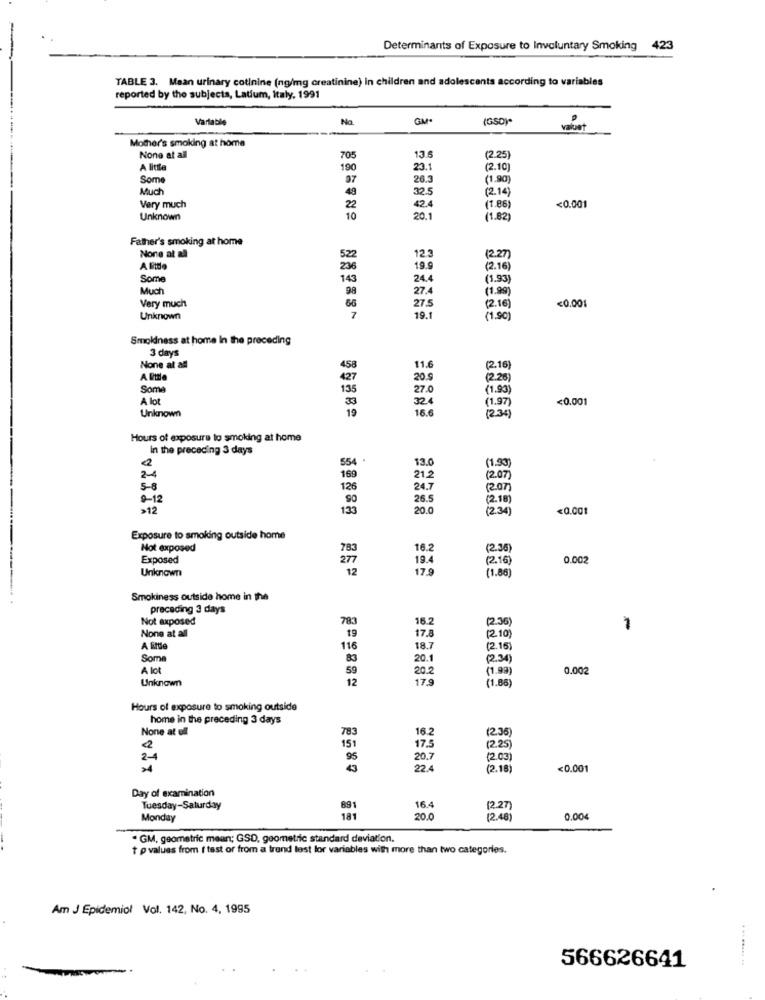
Determinants of Exposure to Involuntary Smoking 423
TABLE 3. Maan urinary cotinine (ng/mg creatinine) in children and adolescents according to variables
reported by the subjects, Latium, Italy, 1991
Variable
Na.
GM-
(GSD)*
value
Mother's smoking at home
None at all
705
13.5
(2.25)
A little
190
23.1
(2.10)
Some
97
26.3
(1.90)
Much
49
32.5
(2.14)
Very much
22
42.4
(1.86)
<0.001
Unknown
10
20.1
(1.82)
Father's smoking at home
None at all
12.3
(2.27)
19.9
(2.16)
Some
143
24.4
(1.93)
Much
98
27.4
(1.99)
27.5
<0.001
Very much
66
(2.16)
Unknown
7
19.1
(1.90)
Smokiness at home In the preceding
3 days
None at all
458
11.6
(216)
427
20.9
(2.26)
Some
135
27.0
(1.93)
A lot
33
324
(1.97)
<0.001
19
16.6
(2:34)
Unknown
Hours of exposure to smoking at home
in the preceding 3 days
554 .
13.0
(1.93)
169
21.
(2.07)
5-8
126
24.7
(207)
9-12
90
26.5
(2.18)
>12
133
20.0
(2.34)
<0.001
Exposure to smoking outside home
Not exposed
783
16.2
(2.36)
Exposed
277
19.4
(2 16)
0.002
Unknown
12
17.9
(1.86)
Smokiness outside home in the
preceding 3 days
Not exposed
783
16.2
(2.36
None at all
1
19
17.8
(2 10 )
A little
116
18.7
(2.16)
Some
83
20.1
(2.34)
A lot
59
20.2
(1.99)
0.002
Unknown
12
17.9
(1.86)
Hours of exposure to smoking outside
home in the preceding 3 days
None at ell
783
16.2
(2.35
151
17.5
(2.25)
2-4
95
20.7
(203)
22.4
(2.18)
<0.001
Day of examination
Tuesday-Saturday
891
16.4
(2.27)
Monday
181
20.0
(2.48)
0.00
. GM, geometric mean; GSD, geometric standard deviation.
t p values from f test or from a trond lest lor variables with more than two categories.
Am J Epidemiol Vol. 142, No. 4, 1995
566626641